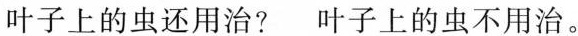
叶子上的虫还用治? 叶子上的虫不用治。